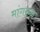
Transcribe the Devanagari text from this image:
मांगरुळ